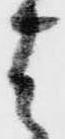
は